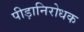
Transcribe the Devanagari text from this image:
पीड़ानिरोधक